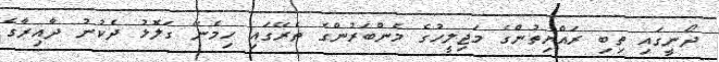
ދޯނީގައި ތިބި ރައްޔިތުންގެ މަޖިލީހުގެ މެންބަރުންގެ ތެރޭގައި ހިމެނޭ ގަލޮޅު ދެކުނު ދާއިރާގެ